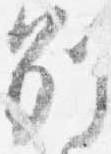
別